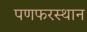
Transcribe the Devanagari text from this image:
पणफरस्थान